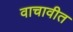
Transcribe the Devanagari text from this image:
वाचावीत